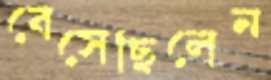
বেসেছিলেন